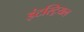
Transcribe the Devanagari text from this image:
इंटस्ट्रियल